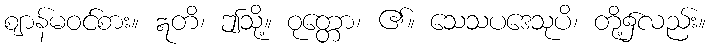
ဈာန်မဝင်စား။ ဣတိ၊ ဤသို့။ ဝုတ္တော၊ ၏။ သေသပဒေသုပိ၊ တို့၌လည်း။